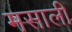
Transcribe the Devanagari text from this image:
मसाली